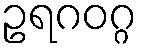
ဥရဂဝဂ္ဂ